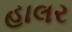
હાલર